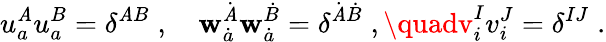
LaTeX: u_{a}^{\mathit{A}}u_{a}^{B}=\delta^{\mathit{A}B}\; ,\quad\mathbf{w}_{\dot{{a}}}^{\dot{{\mathit{A}}}}\mathbf{w}_{\dot{{a}}}^{\dot{{B}}}=\delta^{\dot{{\mathit{A}}}\dot{{B}}}\; ,\quadv_{i}^{I}v_{i}^{J}=\delta^{IJ}\; .